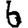
Digit: 6